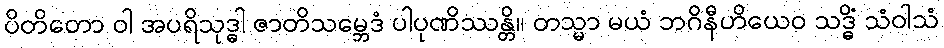
ပိတိတော ဝါ အပရိသုဒ္ဓါ ဇာတိသမ္ဘေဒံ ပါပုဏိဿန္တိ။ တသ္မာ မယံ ဘဂိနီဟိယေဝ သဒ္ဓိံ သံဝါသံ